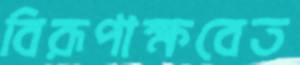
বিরূপাক্ষবেত